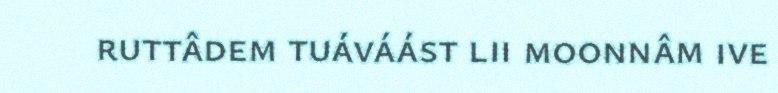
ruttâdem tuáváást lii moonnâm ive